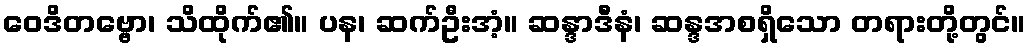
ဝေဒိတဗ္ဗော၊ သိထိုက်၏။ ပန၊ ဆက်ဦးအံ့။ ဆန္ဒာဒီနံ၊ ဆန္ဒအစရှိသော တရားတို့တွင်။